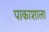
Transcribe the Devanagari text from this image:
पाकाशाला